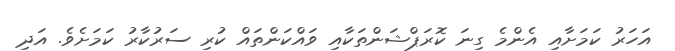
އަހަރު ކަމަށާއި އެންމެ ގިނަ ކޮރަޕްޝަންތަކާއި ވައްކަންތައް ކުރި ސަރުކާރު ކަމަށެވެ. އަދި